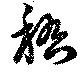
稽